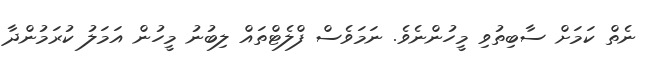
ނެތް ކަމަށް ސާބިތުވި މީހުންނެވެ. ނަމަވެސް ފްލެޓްތައް ލިބުނު މީހުން އަމަލު ކުރަމުންދާ